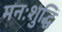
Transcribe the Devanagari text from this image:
मनःशुद्धिं